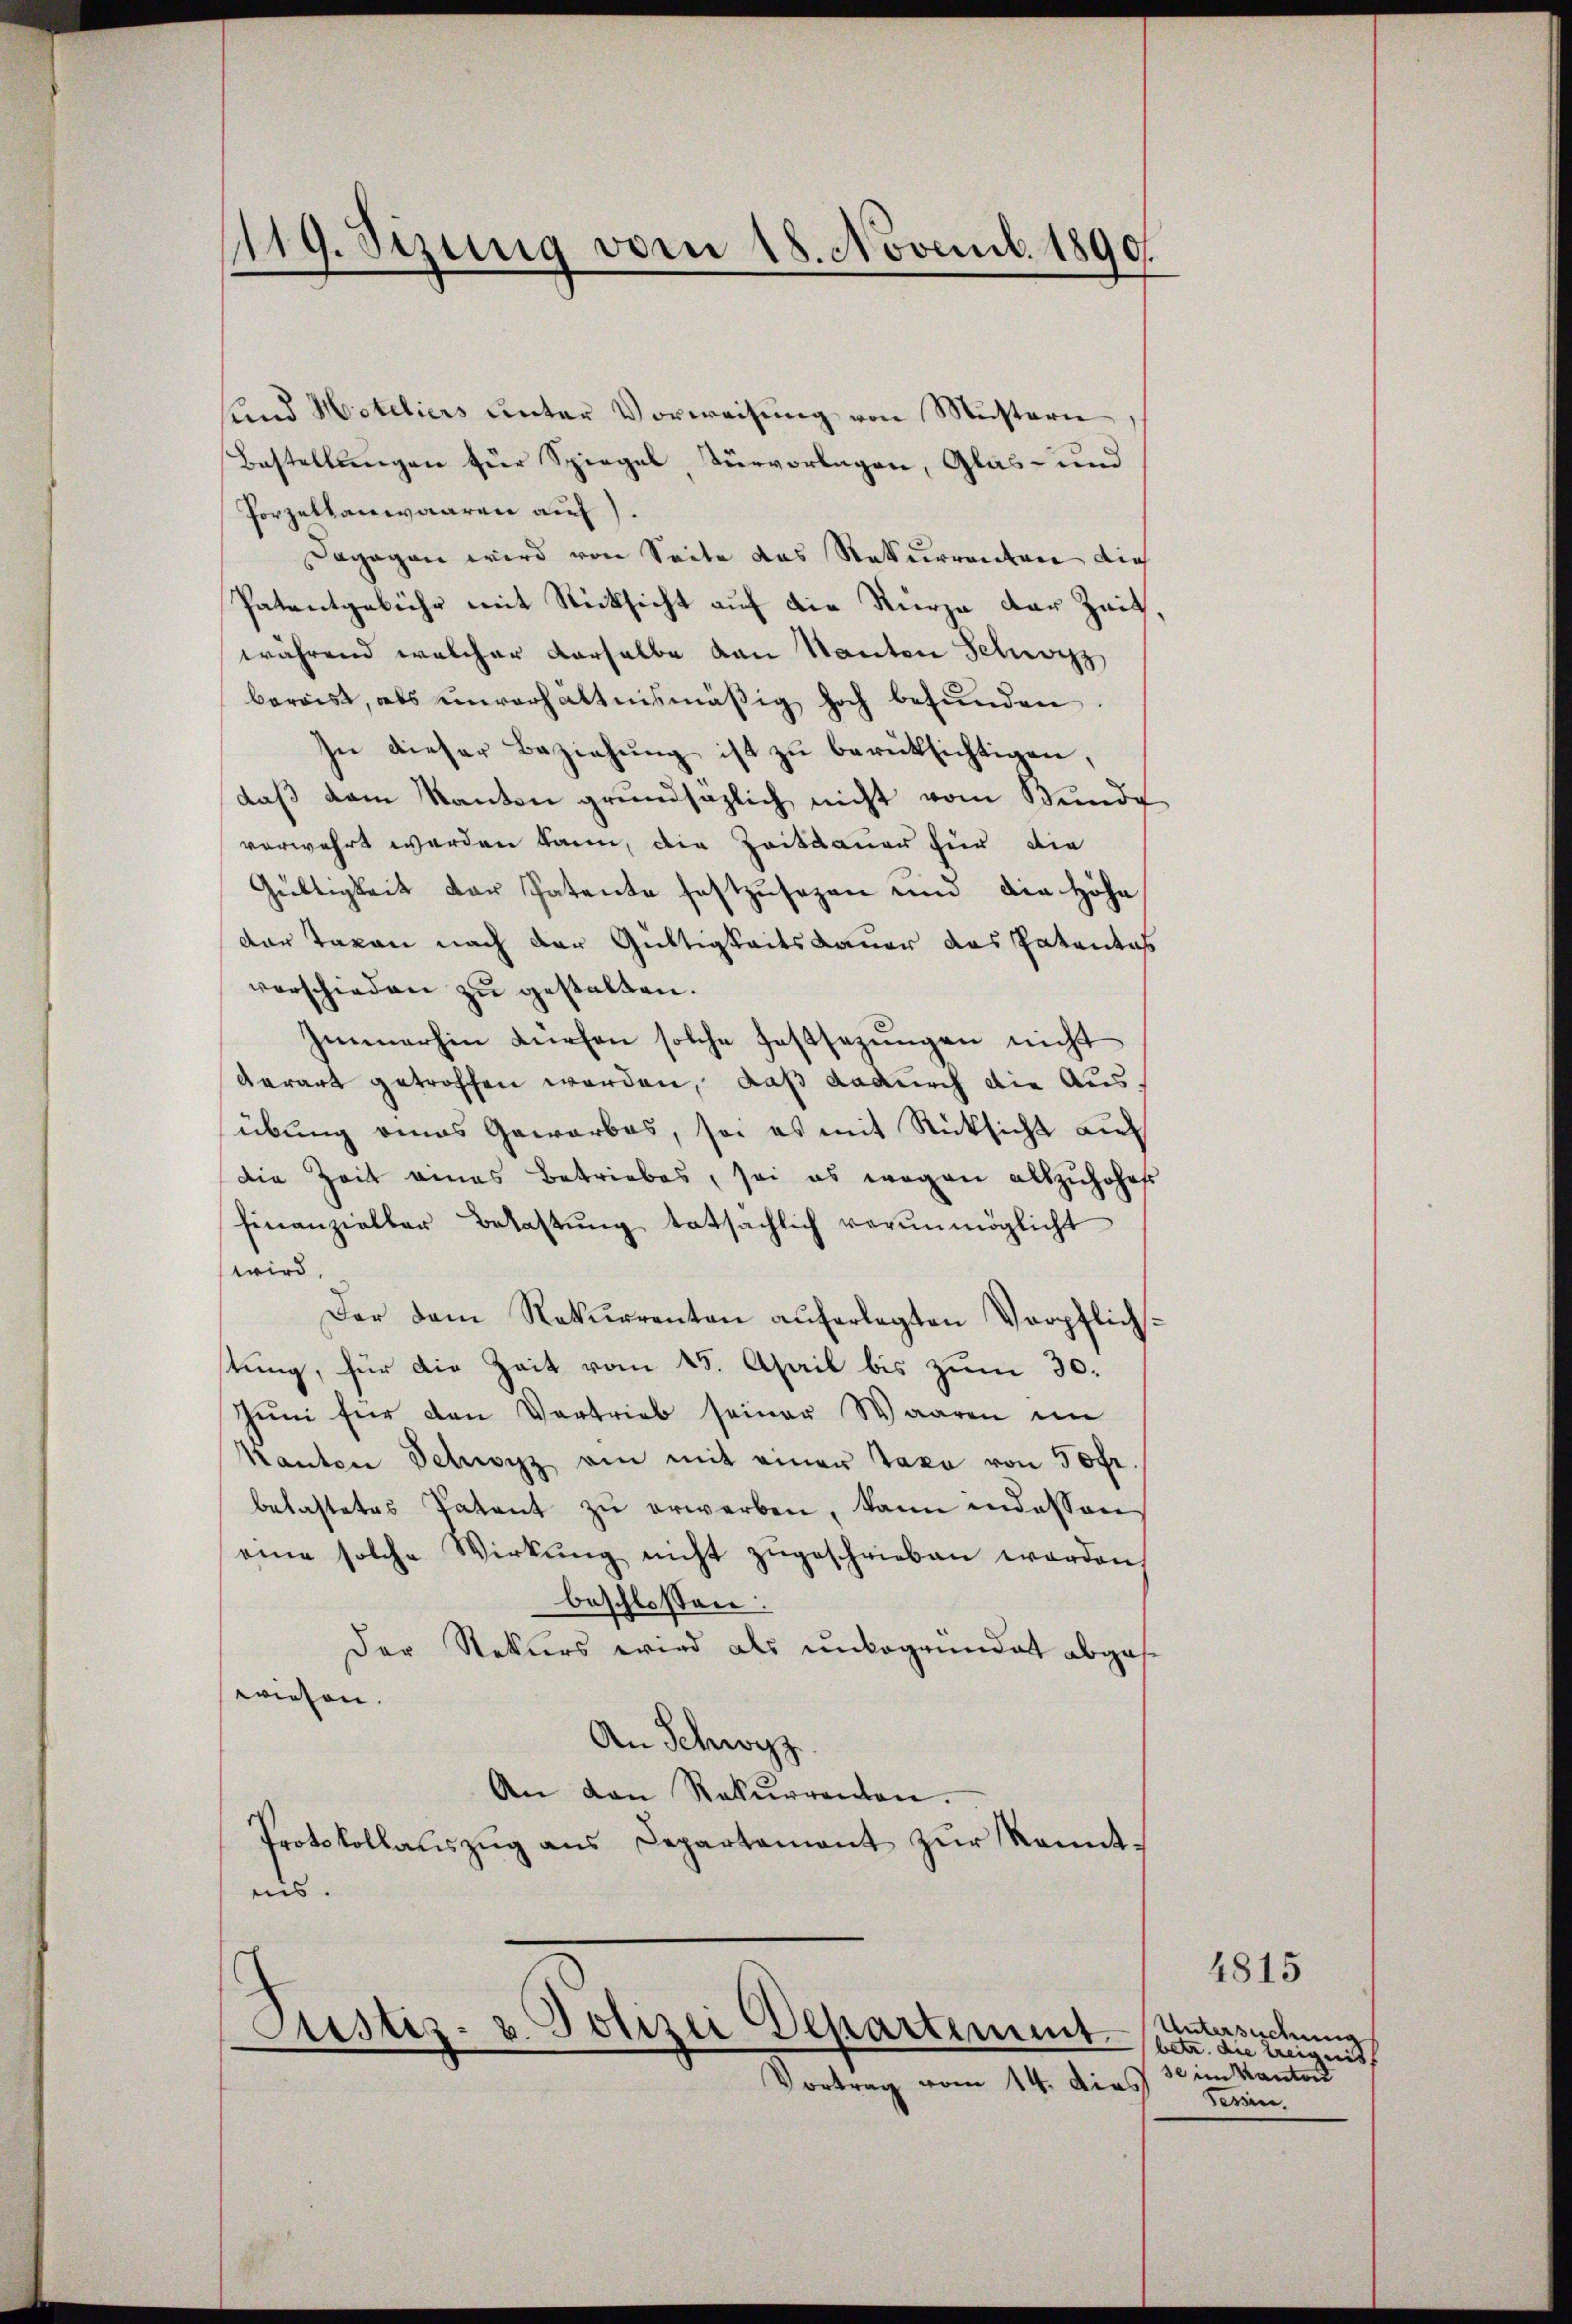
1119. Sizung vom 18. Novemb. 1890.

und Hoteliers unter Vorweisung von Müstern
Bestellungen für Spiegel, Türvorlagen, Glas- und
Porzellauwaaren auf.
Dagegen wird von Seite das Rekurrenten auch
Patentgebühr mit Rücksicht auf die Kurze der Zeit,
während welcher derselbe von Nanten Schwyz
bereist, als unverhältnismäßig hoch befŭnden.
In dieser Beziehŭng ist zŭ berücksichtigen,
daß dem Kanton grundsätzlich nicht vom Bunde
verwahrt werden kann, die Zeitdauer für die
Gültigkeit der Patente festzusezen und die Höhe
der Taxen nach der Gültigkeitsdauer das Patentes
verschieden zu gestalten.
Immerhin dürfen solche Festsezungen nicht
derart getroffen werden, daß dadurch die Ausübung eines Gewerbes, sei es mit Rücksicht auf
die Zeit eines Betriebes, sei es wegen allzuhohes
finanzialber Belastŭng tatsächlich verunmöglicht
wird.
Der dem Rekurrenten auferlegten Verpflichstung, für die Zeit vom 15. April bis zum 30.
Juni für den Vortrieb seiner Waaren im
Kanton Schwyz ain mit einer Taxa von 50fr.
belastetes Tatent zŭ erwerben, kann indessen
eine solche Wirkŭng nicht zŭgeschrieben worden,
beschlossen:
Der Rekurs wird als unkogrundat abgese
wiesen.
An Schwyz
An den Rekurrenten.
Protokollaŭszŭg ans Departement zur kanntiis.

Justiz- u. Polizei Departement
Vortrag vom 14. dies

4815
Untersuchung
betr. die Ereignis,
se im Kanton
Tessin.